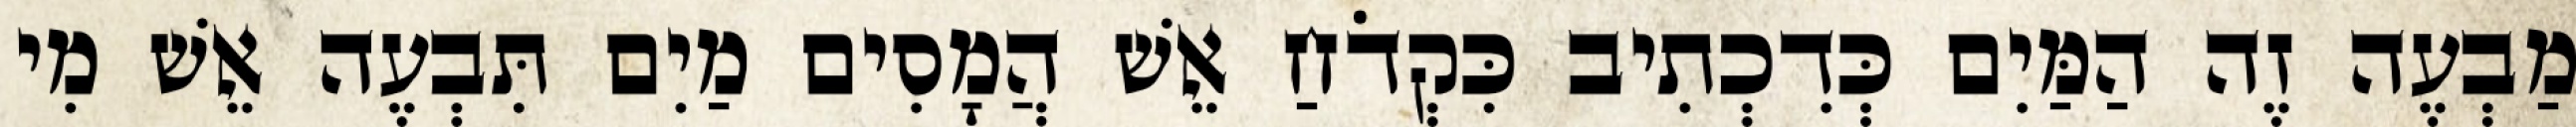
מַבְעֶה זֶה הַמַּיִם כְּדִכְתִיב כִּקְדֹחַ אֵשׁ הֲמָסִים מַיִם תִּבְעֶה אֵשׁ מִי